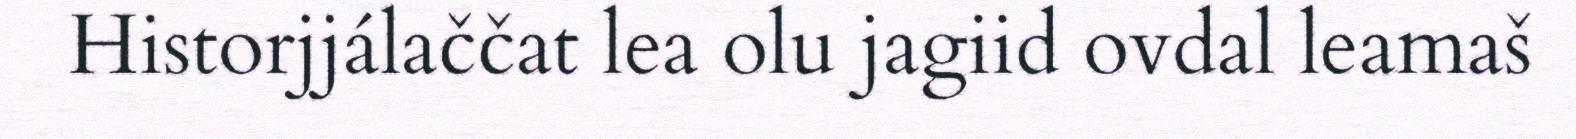
Historjjálaččat lea olu jagiid ovdal leamaš